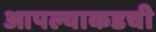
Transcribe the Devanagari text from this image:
आपल्याकडची